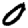
Digit: 0